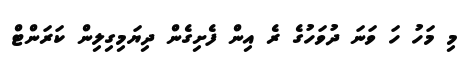
މި މަހު ހަ ވަނަ ދުވަހުގެ ރެ އިން ފެށިގެން ދިޔަމިގިލިން ކަރަންޓް